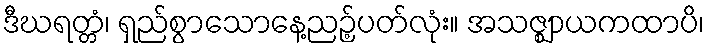
ဒီဃရတ္တံ၊ ရှည်စွာသောနေ့ညဉ့်ပတ်လုံး။ အသဇ္ဈာယကထာပိ၊